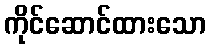
ကိုင်ဆောင်ထားသော